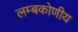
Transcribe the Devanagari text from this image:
लम्बकोणीय